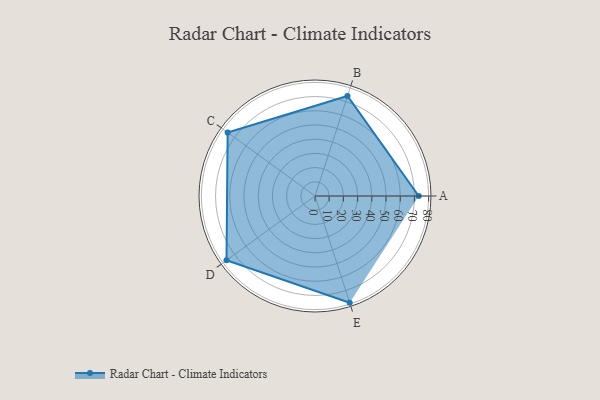
{"axis": {"x": "Skill", "y": "Score"}, "legend": ["Profile"], "data": [{"x": "A", "y": 73.0, "type": "Profile"}, {"x": "B", "y": 74.0, "type": "Profile"}, {"x": "C", "y": 76.0, "type": "Profile"}, {"x": "D", "y": 77.0, "type": "Profile"}, {"x": "E", "y": 79.0, "type": "Profile"}]}